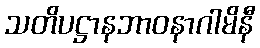
သတိပဋ္ဌာနဘာဝနာဂါမိနီ